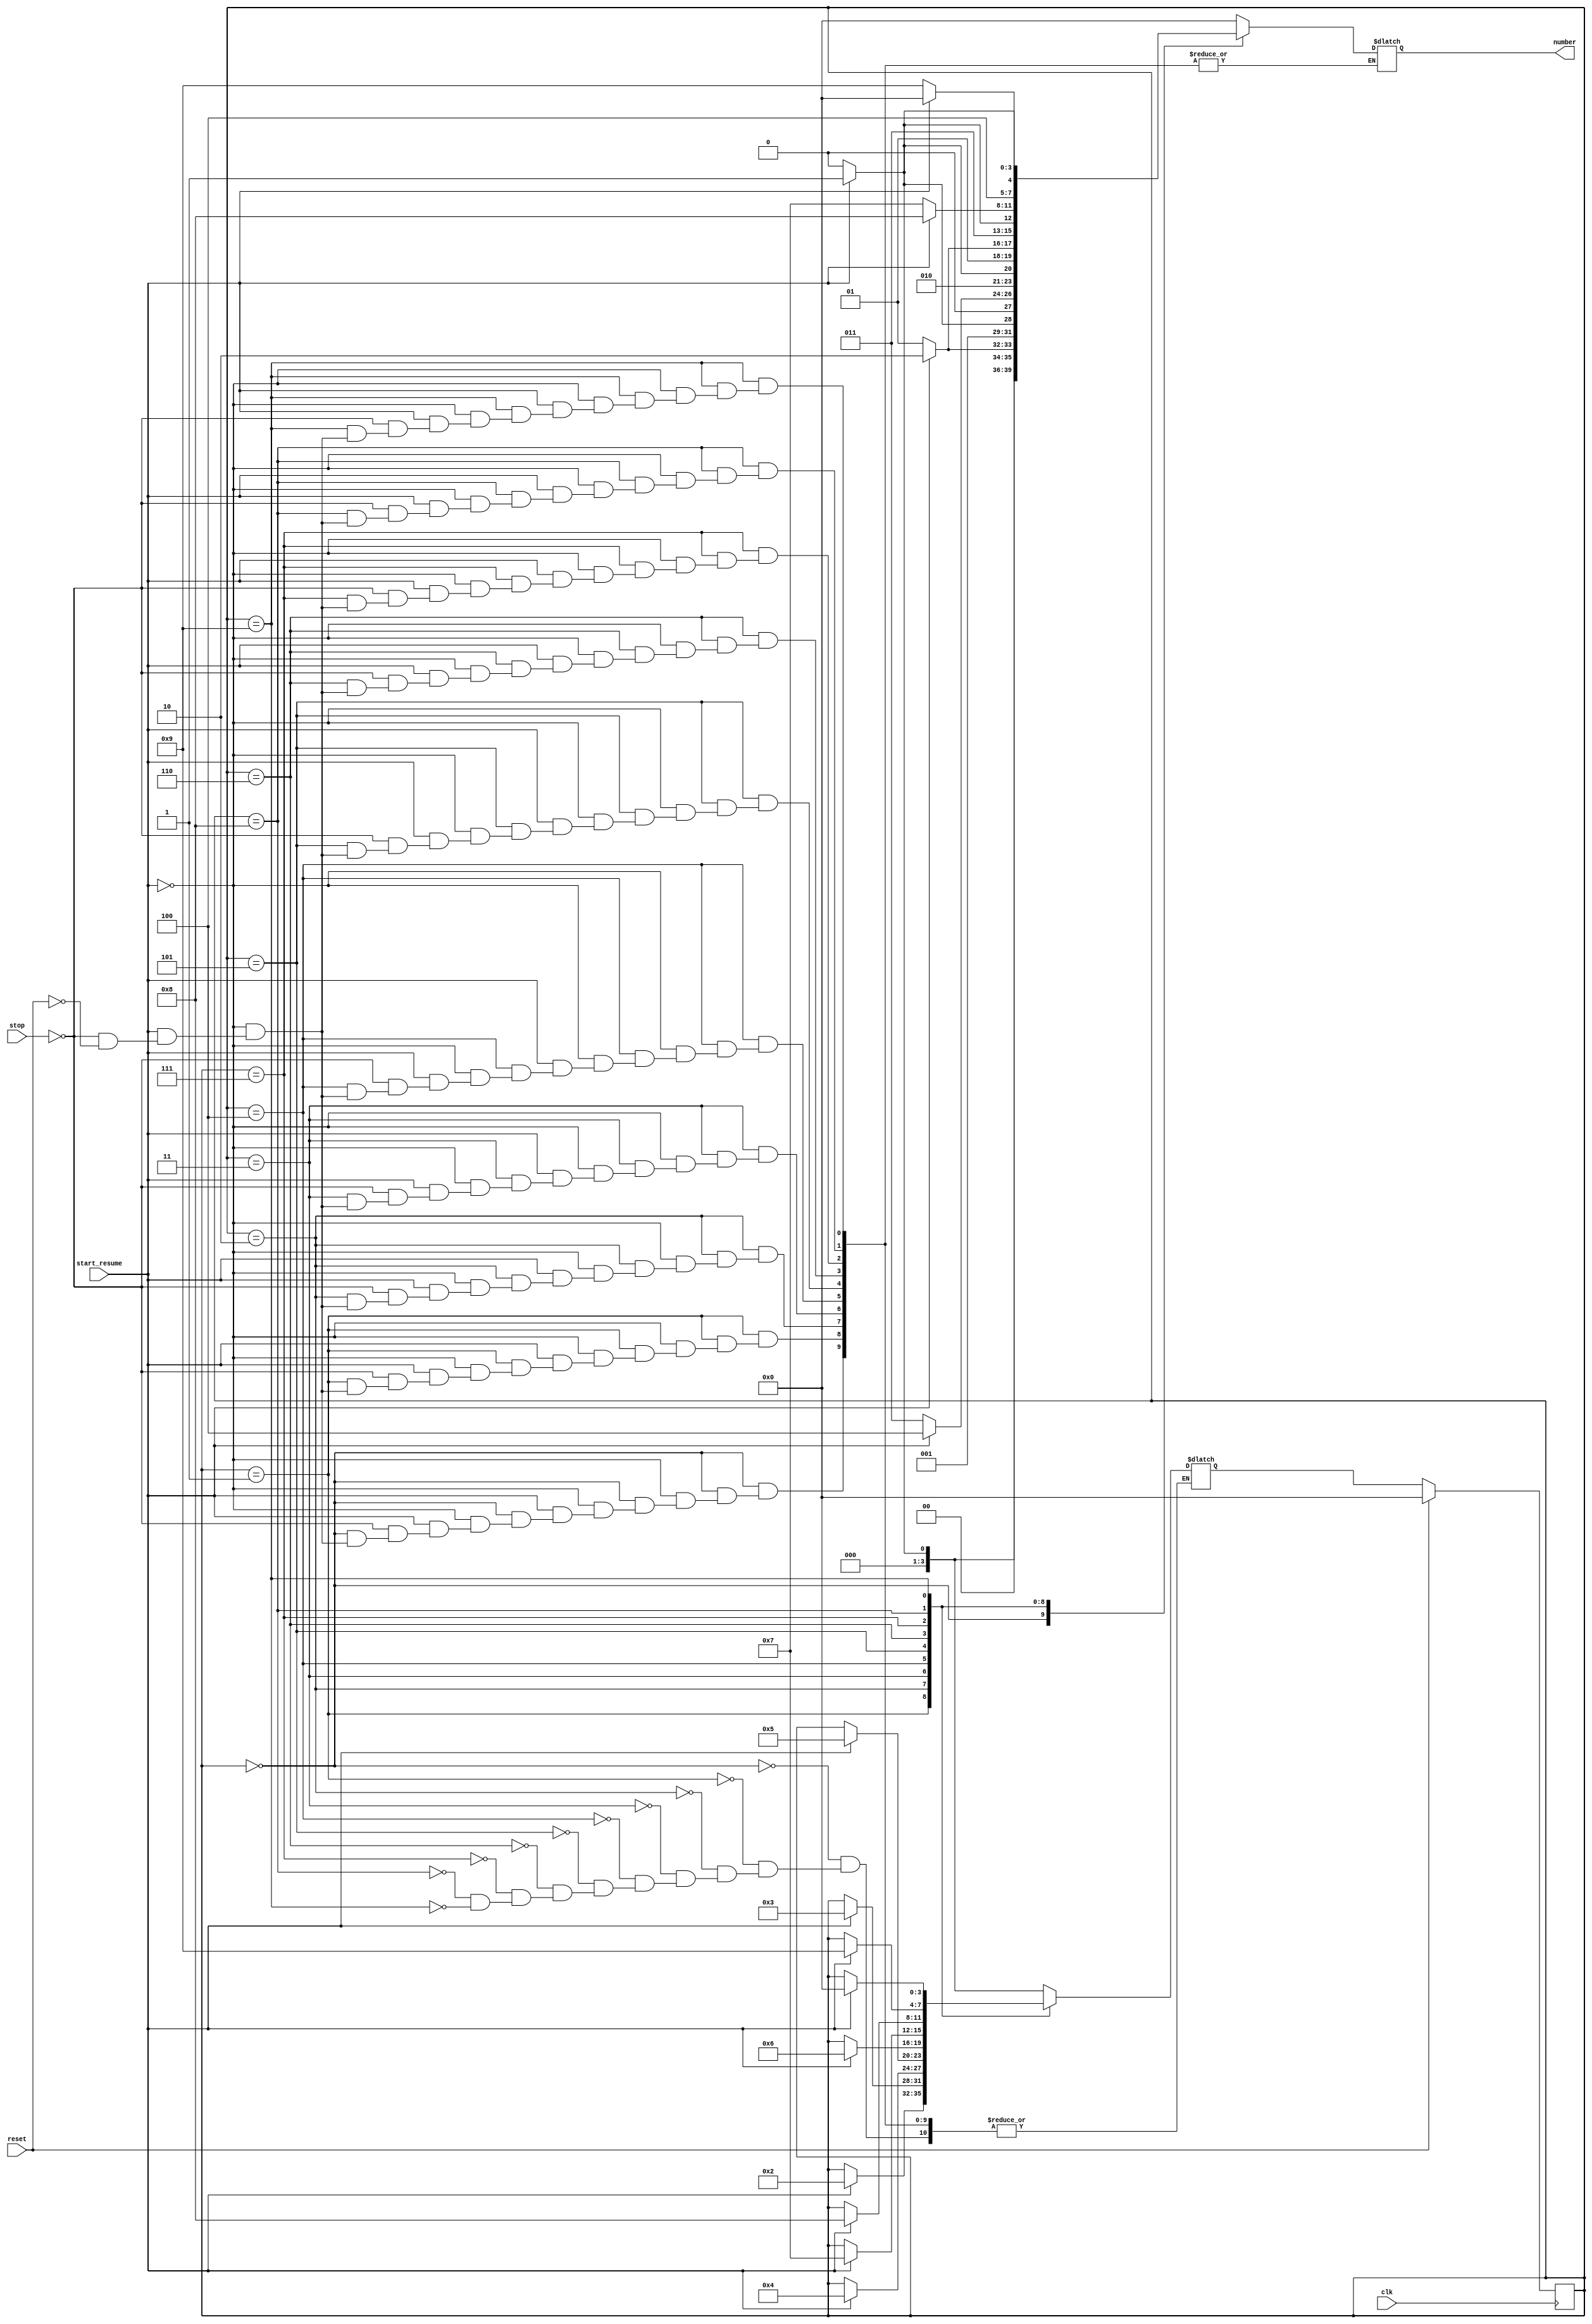
module stopwatch(
  output[3:0] number,
  input start_resume,reset, stop, clk
);

reg [3:0] current, next;
reg [3:0] number;

parameter zero =4'b0000,
  one=4'b0001,
  two=4'b0010,
  three=4'b0011,
  four=4'b0100,
  five=4'b0101,
  six=4'b0110,
  seven=4'b0111,
  eight=4'b1000,
  nine=4'b1001;

always @(current or start_resume or reset or stop) 
begin
  case (current)
    zero: if(start_resume==1) 
    begin
      next=one;
      number=4'b0001;
    end
    else if(start_resume==0)
    begin
      next=zero;
      number=4'b0000;
    end
    else if(stop==1)
    begin
      next=zero;
      number=4'b0000;
    end
    else if(reset==1)
    begin
      next=zero;
      number=4'b0000;
    end

    one: if(start_resume == 1)
    begin
      next = two;
      number = 4'b0010;
    end
    else if(start_resume==0)
    begin
      next=current;
      number=4'b0001;
    end
    else if(stop==1)
    begin
      next=zero;
      number=4'b0000;
    end
    else if(reset==1) 
    begin
      next=zero;
      number=4'b0000;
    end

    two: if(start_resume==1)
    begin
      next=three;
      number=4'b0011;
    end
    else if(start_resume==0)
    begin
      next=current;
      number=4'b0010;
    end
    else if(stop==1)
    begin
      next=current;
      number=4'b0010;
    end
    else if(reset==1)
    begin
      next=zero;
      number=4'b0000;
    end

    three: if(start_resume==1)
    begin
      next=four;
      number=4'b0100;
    end
    else if(start_resume==0)
    begin
      next=current;
      number=4'b011;
    end
    else if(stop==1)
    begin
      next=current;
      number=4'b0011;
    end
    else if(reset==1)
    begin
      next=zero;
      number=4'b0000;
    end

    four: if(start_resume==1)
    begin
      next=five;
      number=4'b0101;
    end
    else if(start_resume==0)
    begin
      next=current;
      number=4'b0100;
    end
    else if(stop==1)
    begin
      next=current;
      number=4'b0100;
    end
    else if(reset==1)
    begin
      next=zero;
      number=4'b0000;
    end

    five: if(start_resume==1)
    begin
      next=six;
      number=4'b0110;
    end
    else if(start_resume==0)
    begin
      next=current;
      number=4'b0101;
    end
    else if(stop==1)
    begin
      next=current;
      number=4'b0101;
    end
    else if(reset==1)
    begin
      next=zero;
      number=4'b0000;
    end

    six: if(start_resume==1)
    begin
      next=seven;
      number=4'b0111;
    end
    else if(start_resume==0)
    begin
      next=current;
      number=4'b0110;
    end
    else if(stop==1)
    begin
      next=current;
      number=4'b0110;
    end
    else if(reset==1) 
    begin
      next=zero;
      number=4'b0000;
    end

    seven: if(start_resume==1)
    begin
      next=eight;
      number=4'b1000;
    end
    else if(start_resume==0)
    begin
      next=current;
      number=4'b0111;
    end
    else if(stop==1)
    begin
      next=current;
      number=4'b0111;
    end
    else if(reset==1) 
    begin
      next=zero;
      number=4'b0000;
    end

    eight: if(start_resume==1)
    begin
      next=nine;
      number=4'b1001;
    end
    else if(start_resume==0)
    begin
      next=current;
      number=4'b1000;
    end
    else if(stop==1)
    begin
      next=current;
      number=4'b1000;
    end
    else if(reset==1) 
    begin
      next=zero;
      number=4'b0000;
    end

    nine: if(start_resume==1)
    begin
      next=zero;
      number=4'b0000;
    end
    else if(start_resume==0)
    begin
      next=current;
      number=4'b1001;
    end
    else if(stop==1)
    begin
      next=current;
      number=4'b1001;
    end
    else if(reset==1) 
    begin
      next=zero;
      number=4'b0000;
    end
    default: number = 4'b0000;
  endcase
end

always @(posedge clk)
begin
  begin
    if(reset==1)
      current <= zero;
    else
      current <= next;
  end
end
endmodule